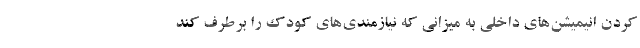
کردن انیمیشن‌های داخلی به میزانی که نیازمندی‌های کودک را برطرف کند